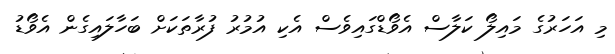
މި އަހަރުގެ މައިލޯ ކަލާސް އެވޯޑްގައިވެސް އެކި އުމުރު ފުރާތަކަށް ބަހާލައިގެން އެވޯޑު